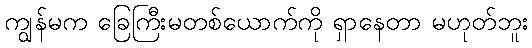
ကျွန်မက ခြေကြီးမတစ်ယောက်ကို ရှာနေတာ မဟုတ်ဘူး